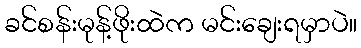
ခင်စန်းမုန့်ဖိုးထဲက မင်းချေးရမှာပဲ။